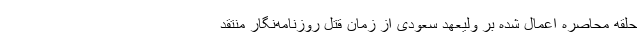
حلقه محاصره اعمال شده بر ولیعهد سعودی از زمان قتل روزنامه‌نگار منتقد